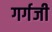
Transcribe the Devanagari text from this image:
गर्गजी